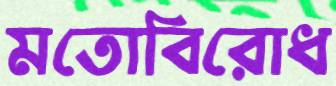
মতোবিরোধ